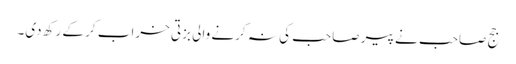
جج صاحب نے پیر صاحب کی نہ کرنے والی بزتی خراب کر کے رکھ دی۔